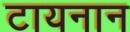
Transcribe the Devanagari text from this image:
टायनान